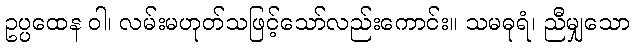
ဥပ္ပထေန ဝါ၊ လမ်းမဟုတ်သဖြင့်သော်လည်းကောင်း။ သမဓုရံ၊ ညီမျှသော